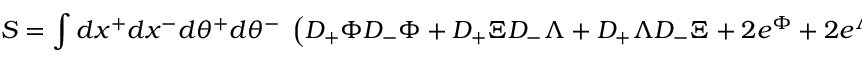
S = \int d x ^ { + } d x ^ { - } d \theta ^ { + } d \theta ^ { - } \; \left( D _ { + } \Phi D _ { - } \Phi + D _ { + } \Xi D _ { - } \Lambda + D _ { + } \Lambda D _ { - } \Xi + 2 e ^ { \Phi } + 2 e ^ { \Lambda - \Phi } \right)